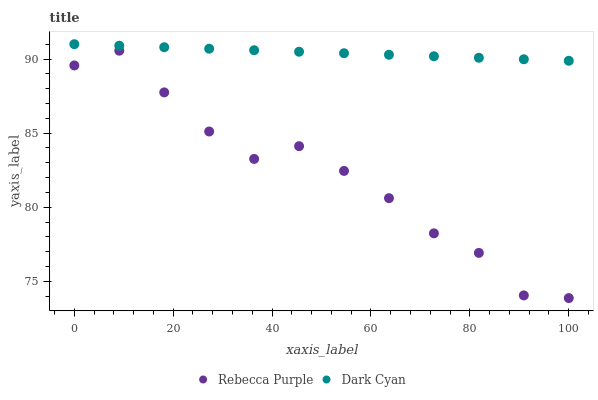
| xaxis_label | Rebecca Purple | Dark Cyan |
 | --- | --- | --- |
 | 0 | 89.6 | 91 |
 | 9.09 | 90.6 | 90.9 |
 | 18.2 | 87.7 | 90.8 |
 | 27.3 | 85.1 | 90.7 |
 | 36.4 | 83.3 | 90.6 |
 | 45.5 | 84.1 | 90.5 |
 | 54.5 | 82.4 | 90.4 |
 | 63.6 | 80.6 | 90.3 |
 | 72.7 | 78.2 | 90.2 |
 | 81.8 | 76.9 | 90.1 |
 | 90.9 | 74 | 90 |
 | 100 | 73.9 | 89.9 |